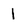
Character: 1